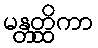
မန္တတ္ထိကာ